Report on the lunatic asylums under the Government of Bombay - 1904-1913
Year: 1904
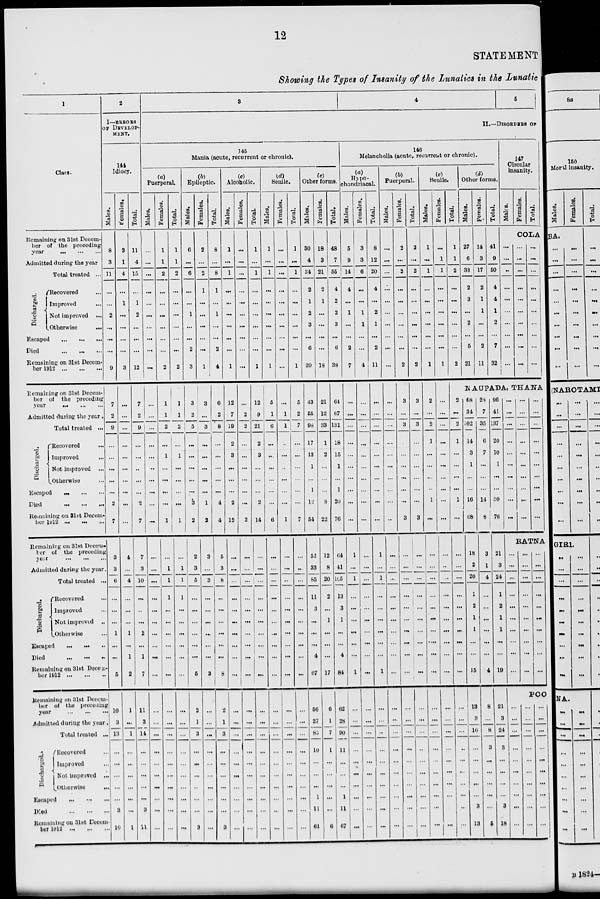
12
STATEMENT
Showing the Types of Insanity of the Lunatics in the Lunatic
1
Class.
Remaining on 31st Decem-
ber of the preceding
year ... ... ...
Admitted during the year
Total treated ...
Discharged.
Recovered ...
Improved ...
Not improved ...
Otherwise
...
Escaped
...
...
...
Died
...
...
...
Remaining on 31st Decem-
ber 1912
...
...
...
Remaining on 31st Decem-
ber of the preceding
year
...
...
...
Admitted during the year.
Total treated ...
Discharged.
Recovered ...
Improved ...
Not improved ...
Otherwise ...
Escaped ... ... ...
Died
...
...
...
Remaining on 31st Decem-
ber 1912 ... ... ...
Remaining on 31st Decem-
ber of the preceding
year
...
...
...
Admitted during the year.
Total treated ...
Discharged.
Recovered ...
Improved ...
Not improved ...
Otherwise ...
Escaped
...
...
...
Died ... ... ...
Remaining on 31st Decem-
ber 1912 ... ... ...
Remaining on 31st Decem-
ber of the preceding
year
...
...
...
Admitted during the year.
Total treated ...
Discharged.
Recovered ...
Improved ...
Not improved ...
Otherwise
...
Escaped
...
...
...
Died
...
...
...
Remaining on 31st Decem-
ber 1912 ... ... ...
2
I—ERRORS
OF DEVELOP-
MENT.
144
Idiocy.
Males.
8
3
11
...
...
2
...
...
...
9
7
2
9
...
...
...
...
...
2
7
3
3
6
...
...
...
1
...
...
5
10
3
13
...
...
...
...
...
3
10
Females.
3
1
4
...
1
...
...
...
...
3
...
...
...
...
...
...
...
...
...
...
4
...
4
...
...
...
1
...
1
2
1
...
1
...
...
...
...
...
...
1
Total.
11
4
15
...
1
2
...
...
...
12
7
2
9
...
...
...
...
...
2
7
7
3
10
...
...
...
2
...
1
7
11
3
14
...
...
...
...
...
3
11
3
4
5
II.—DISORDERS OF
145
Mania (acute, recurrent or chronic).
(a)
Puerperal.
Males.
...
...
...
...
...
...
...
...
...
...
...
...
...
...
...
...
...
...
...
...
...
...
...
...
...
...
...
...
...
...
...
...
...
...
...
...
...
...
...
Females.
1
1
2
...
...
...
...
...
...
2
1
1
2
...
1
...
...
...
...
1
...
1
1
1
...
...
...
...
...
...
...
...
...
...
...
...
...
...
...
...
Total.
1
1
2
...
...
...
...
...
...
2
1
1
2
...
1
...
...
...
...
1
...
1
1
1
...
...
...
...
...
...
...
...
...
...
...
...
...
...
...
...
(b)
Epileptic.
Males.
6
...
6
...
...
1
...
...
2
3
3
2
5
...
...
...
...
...
3
2
2
3
5
...
...
...
...
...
...
5
2
1
3
...
...
...
...
...
...
3
Females.
2
...
2
1
...
...
...
...
...
1
3
...
3
...
...
...
...
...
1
2
3
...
3
...
...
...
...
...
...
3
...
...
...
...
...
...
...
...
...
...
Total.
8
...
8
1
...
1
...
...
2
4
6
2
8
...
...
...
...
...
4
4
5
3
8
...
...
...
...
...
...
8
2
1
3
...
...
...
...
...
...
3
(c)
Alcoholic.
Males.
1
...
1
...
...
...
...
...
...
1
12
7
19
2
3
...
...
...
2
12
...
...
...
...
...
...
...
...
...
...
...
...
...
...
...
...
...
...
...
...
Females.
...
...
...
...
...
...
...
...
...
...
...
2
2
...
...
...
...
...
...
2
...
...
...
...
...
...
...
...
...
...
...
...
...
...
...
...
...
...
...
...
Total.
1
...
1
...
...
...
...
...
...
1
12
9
21
2
3
...
...
...
2
14
...
...
...
...
...
...
...
...
...
...
...
...
...
...
...
...
...
...
...
(d)
Senile.
Males.
1
...
1
...
...
...
...
...
...
1
5
1
6
...
...
...
...
...
...
6
...
...
...
...
...
...
...
...
...
...
...
...
...
...
...
...
...
...
..
...
Females.
...
...
...
...
...
...
...
...
...
...
...
1
1
...
...
...
...
...
...
1
...
...
..
...
...
...
...
...
...
...
...
...
...
...
...
...
...
...
...
...
Total.
1
...
1
...
...
...
...
...
...
1
5
2
7
...
...
...
...
...
...
7
...
...
...
...
...
...
...
...
...
...
...
...
...
...
...
...
...
...
...
...
(e)
Other forms.
Males.
30
4
34
2
1
2
3
...
6
20
43
55
98
17
13
1
...
1
12
54
52
33
85
11
3
...
...
...
4
67
56
27
83
10
...
...
...
1
11
61
Females.
18
3
21
2
1
...
...
...
...
18
21
12
33
1
2
...
...
...
8
22
12
8
20
2
...
1
...
...
...
17
6
1
7
1
...
...
...
...
...
6
Total.
48
7
55
4
2
2
3
...
6
38
64
67
131
18
15
1
...
1
20
76
64
41
105
13
3
1
...
...
4
84
62
28
90
11
...
...
...
1
11
67
146
Melancholia (acute, recurrent or chronic).
(a)
Hypo-
chondrical.
Males.
5
9
14
4
...
1
...
...
2
7
...
...
...
...
...
...
...
...
...
...
1
...
1
...
...
...
...
...
...
1
...
...
...
...
...
...
...
...
...
...
Females.
3
3
6
...
...
1
1
...
...
4
...
...
...
...
...
...
...
...
...
...
...
...
...
...
...
...
...
...
...
...
...
...
...
...
...
...
...
...
...
...
Total.
8
12
20
4
...
2
1
...
2
11
...
...
...
...
...
...
...
...
...
...
1
...
1
...
...
...
...
...
...
1
...
...
...
...
...
...
...
...
...
...
(b)
Puerperal.
Males.
...
...
...
...
...
...
...
...
...
...
...
...
...
...
...
...
...
...
...
...
...
...
...
...
...
...
...
...
...
...
...
...
...
...
...
...
...
...
...
...
Females.
2
...
2
...
...
...
...
...
...
2
3
...
3
...
...
...
...
...
...
3
...
...
...
...
...
...
...
...
...
...
...
...
...
...
...
...
...
...
...
...
Total.
2
...
2
...
...
...
...
...
...
2
3
...
3
...
...
...
...
...
...
3
...
...
...
...
...
...
...
...
...
...
...
...
...
...
...
...
...
...
...
...
(c)
Senile.
Males.
1
...
1
...
...
...
...
...
...
1
2
...
2
1
...
...
...
...
1
...
...
...
...
...
...
...
...
....
...
...
...
...
...
...
...
...
...
...
...
...
Females.
...
1
1
...
...
...
...
...
...
1
...
...
...
...
...
...
...
...
...
...
...
...
...
...
...
...
...
...
...
...
...
...
...
...
...
...
...
...
...
...
Total.
1
1
2
...
...
...
...
...
...
2
(d)
Other forms.
Males.
27
6
33
2
3
...
2
...
5
21
Females.
14
3
17
2
1
1
...
...
2
11
Total.
41
9
50
4
4
1
2
...
7
32
147
Circular
insanity.
Males.
Females.
Total.
COLA
...
...
...
...
...
...
...
...
...
...
...
...
...
...
...
...
...
...
...
...
...
...
...
...
...
...
...
...
...
...
NAUPADA, THANA
2
...
2
1
...
...
...
...
1
...
...
...
...
...
...
...
...
...
...
...
...
...
...
...
...
...
...
...
...
...
68
34
102
14
3
1
...
...
16
68
18
2
20
1
2
1
1
...
...
15
13
3
16
...
...
...
...
...
3
13
28
7
35
6
7
...
...
...
14
8
3
1
4
...
...
...
...
...
...
4
8
...
8
3
...
...
...
...
...
5
96
41
137
20
10
1
...
...
30
76
21
3
24
1
2
1
1
...
...
19
21
3
24
3
...
...
...
...
3
18
...
...
...
...
...
...
...
...
...
...
...
...
...
...
...
...
...
...
...
...
...
...
...
...
...
...
...
...
...
...
RATNA
...
...
...
...
...
...
...
...
...
...
...
...
...
...
...
...
...
...
...
...
...
...
...
...
...
...
...
...
...
...
POO
...
...
...
...
...
...
...
...
...
...
...
...
...
...
...
...
...
...
...
...
...
...
...
...
...
...
...
...
...
...